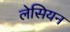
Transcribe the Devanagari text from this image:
लेसियन